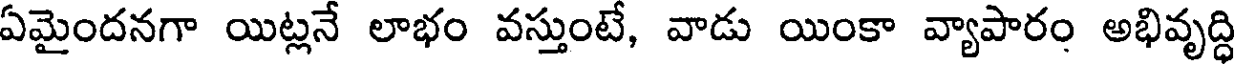
ఏమైందనగా యిట్లనే లాభం వస్తుంటే, వాడు యింకా వ్యాపారం అభివృద్ధి